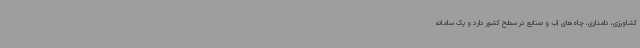
کشاورزی، دامداری، چاه‌های آب و صنایع در سطح کشور دارد و یک سامانه